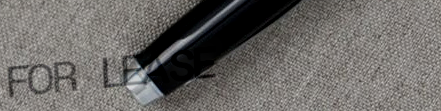
FOR LEASE